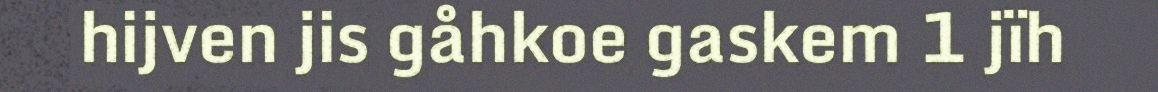
hijven jis gåhkoe gaskem 1 jïh